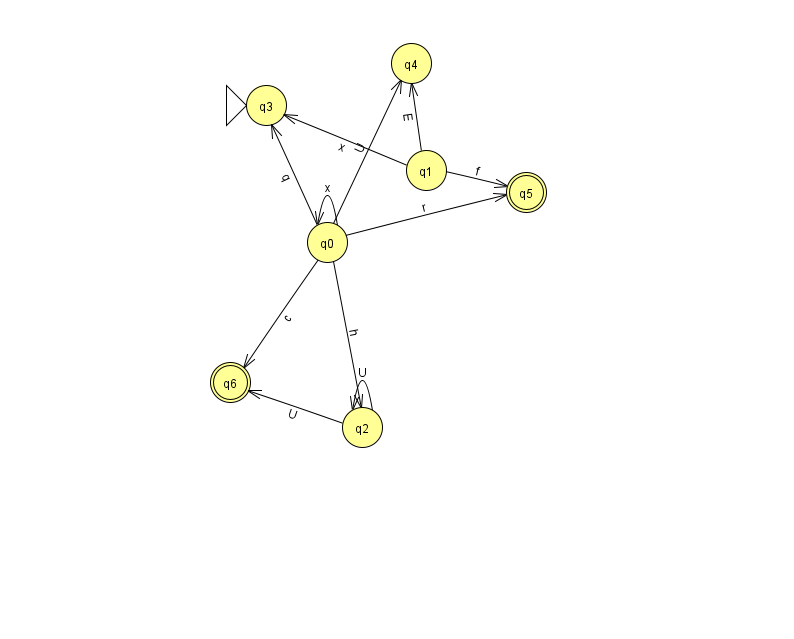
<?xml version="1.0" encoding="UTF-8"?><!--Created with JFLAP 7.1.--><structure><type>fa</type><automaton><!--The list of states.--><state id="0" name="q0"><x>327.0</x><y>229.0</y></state><state id="1" name="q1"><x>426.0</x><y>157.0</y></state><state id="2" name="q2"><x>362.0</x><y>414.0</y></state><state id="3" name="q3"><x>266.0</x><y>92.0</y><initial/></state><state id="4" name="q4"><x>411.0</x><y>50.0</y></state><state id="5" name="q5"><x>526.0</x><y>179.0</y><final/></state><state id="6" name="q6"><x>230.0</x><y>369.0</y><final/></state><!--The list of transitions.--><transition><from>1</from><to>5</to><read>f</read></transition><transition><from>0</from><to>2</to><read>h</read></transition><transition><from>2</from><to>6</to><read>U</read></transition><transition><from>1</from><to>4</to><read>E</read></transition><transition><from>2</from><to>2</to><read>U</read></transition><transition><from>0</from><to>0</to><read>x</read></transition><transition><from>0</from><to>5</to><read>r</read></transition><transition><from>1</from><to>3</to><read>x</read></transition><transition><from>0</from><to>4</to><read>U</read></transition><transition><from>0</from><to>3</to><read>q</read></transition><transition><from>0</from><to>6</to><read>c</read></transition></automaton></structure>